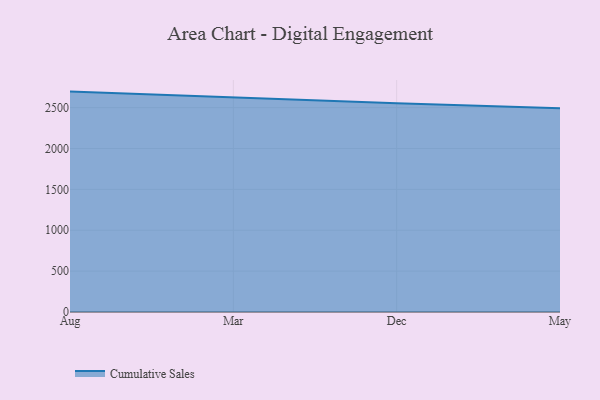
{"axis": {"x": "Month", "y": "Operating Costs (USD K)"}, "legend": ["Cumulative Sales"], "data": [{"x": "Aug", "y": 2695.9, "type": "Cumulative Sales"}, {"x": "Mar", "y": 2620.8, "type": "Cumulative Sales"}, {"x": "Dec", "y": 2554.4, "type": "Cumulative Sales"}, {"x": "May", "y": 2491.1, "type": "Cumulative Sales"}]}